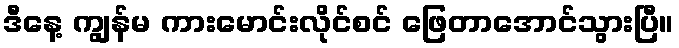
ဒီနေ့ ကျွန်မ ကားမောင်းလိုင်စင် ဖြေတာအောင်သွားပြီ။